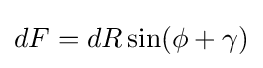
dF=dR\sin(\phi +\gamma )